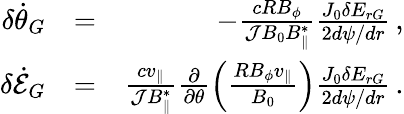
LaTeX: \begin{array}{rlr}{\delta\dot{\theta}_{G}}&{=}&{-\frac{cRB_{\phi}}{{\cal J}B_{0}B_{\parallel}^{*}}\frac{J_{0}\delta E_{rG}}{2d\psi/dr}\, ,}\\ {\delta\dot{\cal E}_{G}}&{=}&{\frac{cv_{\parallel}}{{\cal J}B_{\parallel}^{*}}\frac{\partial}{\partial\theta}\left(\frac{RB_{\phi}v_{\parallel}}{B_{0}}\right)\frac{J_{0}\delta E_{rG}}{2d\psi/dr}\, .}\end{array}